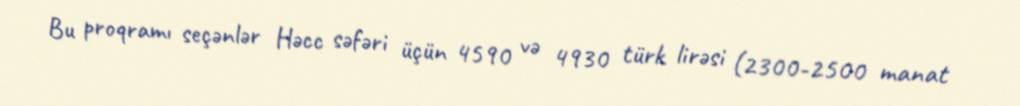
Bu proqramı seçənlər Həcc səfəri üçün 4590 və 4930 türk lirəsi (2300-2500 manat